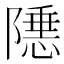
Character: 𬯝